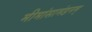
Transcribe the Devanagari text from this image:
मीमांसामंडनम्